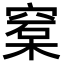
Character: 𥦼